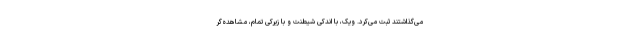
می‌گذاشتند ثبت می‌کرد. ویک، با اندکی شیطنت و با زیرکیِ تمام، مشاهده‌گر